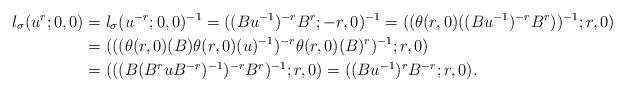
LaTeX: \begin{align*}l_\sigma(u^r;0,0) & = l_\sigma(u^{-r};0,0)^{-1} = ((B u^{-1})^{-r} B^r ; -r,0)^{-1}= ( ( \theta(r,0)( (Bu^{-1})^{-r} B^r ) )^{-1} ; r,0 ) \\& = ( ( ( \theta(r,0)(B) \theta(r,0)(u)^{-1} )^{-r} \theta(r,0)(B)^r )^{-1};r,0 ) \\& = ( ( ( B (B^r u B^{-r})^{-1} )^{-r} B^r )^{-1} ; r,0 ) = ( (B u^{-1})^{r} B^{-r};r,0 ).\end{align*}